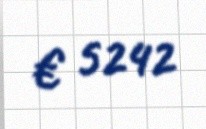
€ 5242